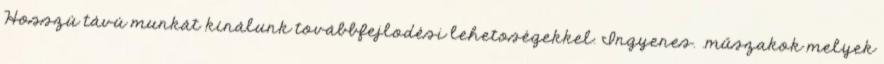
Hosszú távú munkát kínálunk továbbfejlődési lehetőségekkel. Ingyenes. .műszakok melyek